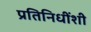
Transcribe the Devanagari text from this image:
प्रतिनिधींशी